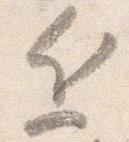
近